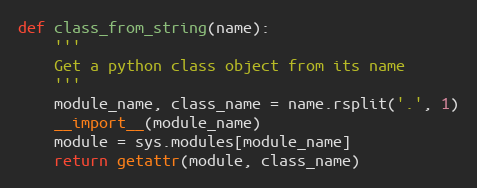
Language: Python
def class_from_string(name):
    '''
    Get a python class object from its name
    '''
    module_name, class_name = name.rsplit('.', 1)
    __import__(module_name)
    module = sys.modules[module_name]
    return getattr(module, class_name)